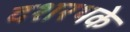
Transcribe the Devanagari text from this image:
दशरथके